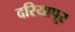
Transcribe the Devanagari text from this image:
दरियापूर